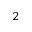
^ 2